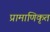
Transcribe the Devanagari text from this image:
प्रामाणिकृत